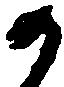
か